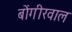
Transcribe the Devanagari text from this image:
बोंगीरवाल